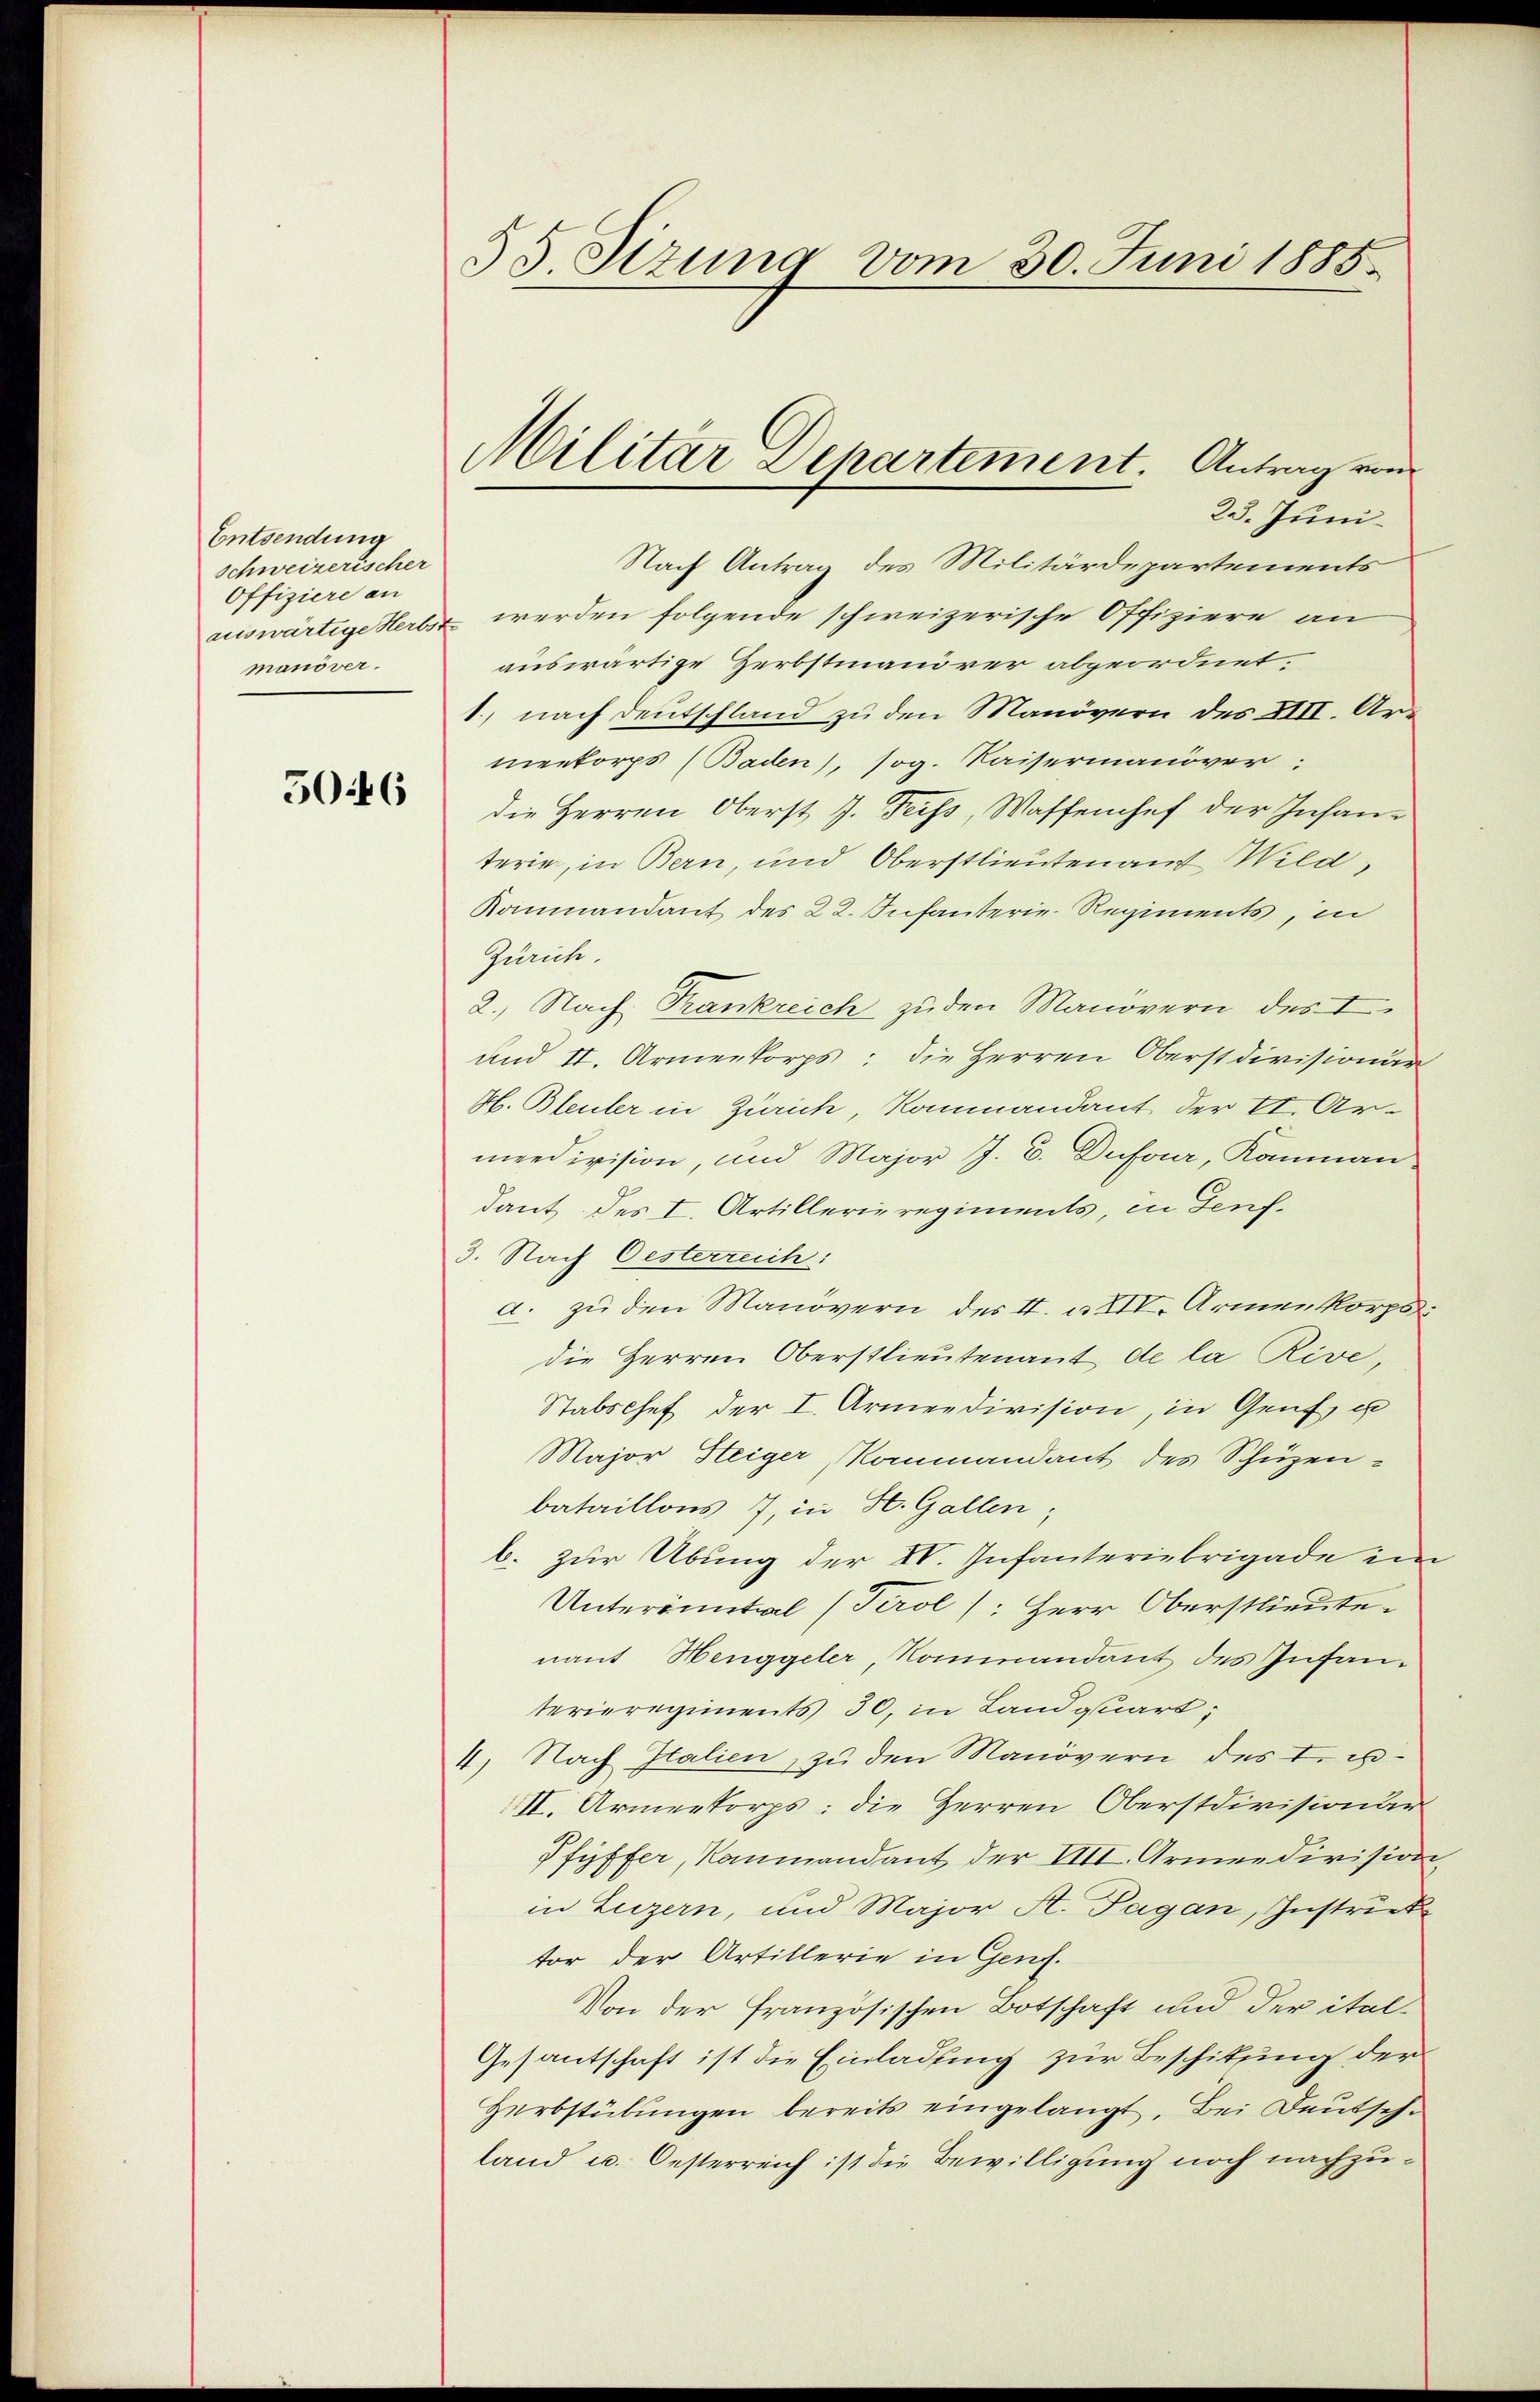
Entsendung
schweizerischer
Offiziere an
auswärtige Herbst
manöver.

5046

55 Sizung vom 30. Juni 1885.

Militar Departement Antrag vom

23. Juni.
Nach Antrag des Militärdepartements
 werden folgende schweizerische Offiziere an
auswärtige Herbstmanörer abgeordnet.
1., nach Deutschland zu den Manövern des XIII. Urmenkorps (Baden), sog. Kaisermanöver:
die Herren Oberst J. Feiss, Waffenhef der Insanterie, in Bern, und Oberstlieutenant Wild,
Kaninandant des 22. Infanterie-Regiments, in
Zürich.
2. Nach Frankreich zu den Manövern des I.
und II. Armeekorps: die Herren Oberst divisionär
H. Bleuler in Zürich, Kommandant der II. Ar
mredivision, und Major J. C. Dufour, Kammann.
dant des I. Artillerieregiments, in Teuf¬
3. Nach Oesterreich:
a. zu den Manövern des I. aXIV. Armenkorps
die Herren Oberstlieutenant de la Rive,
Stabschef der I. Armeedivision, in Genf, u
Major Steiger Kommandant des Schüzenbataillons 7, in St. Gallen;
b. zur Übung der IV. Infanteriebrigade ein
Unterinntal (Tirol /: Herr Oberstlieute.
nant Henggeler, Kommandant des Infanterieregiments 30, in Landquart;
4. Nach Italien, zu den Manövern des In¬
II. Armeekorps: die Herren Oberstdivisionär
Pfyffer, Raumandant der VIII. Armee division
in Luzern, und Major A. Pagan, Zustrick
tor der Artillerie in Genf.
Von der französischen Botschaft und der ital¬
Gesantschaft ist die Einladung zur Beschitung der
Herbstübŭngen bereits eingelangt. Bei Deutsch-
land u. Oesterreich ist die Bewilligung noch nachzu¬